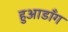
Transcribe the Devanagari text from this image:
हुआडाँग